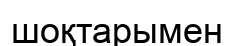
шоқтарымен